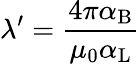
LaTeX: \lambda^{\prime}={\frac{4\pi\alpha_{\mathrm{{B}}}}{\mu_{0}\alpha_{\mathrm{{L}}}}}